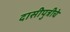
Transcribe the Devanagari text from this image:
दासीपुत्रीचे